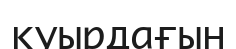
қуырдағын